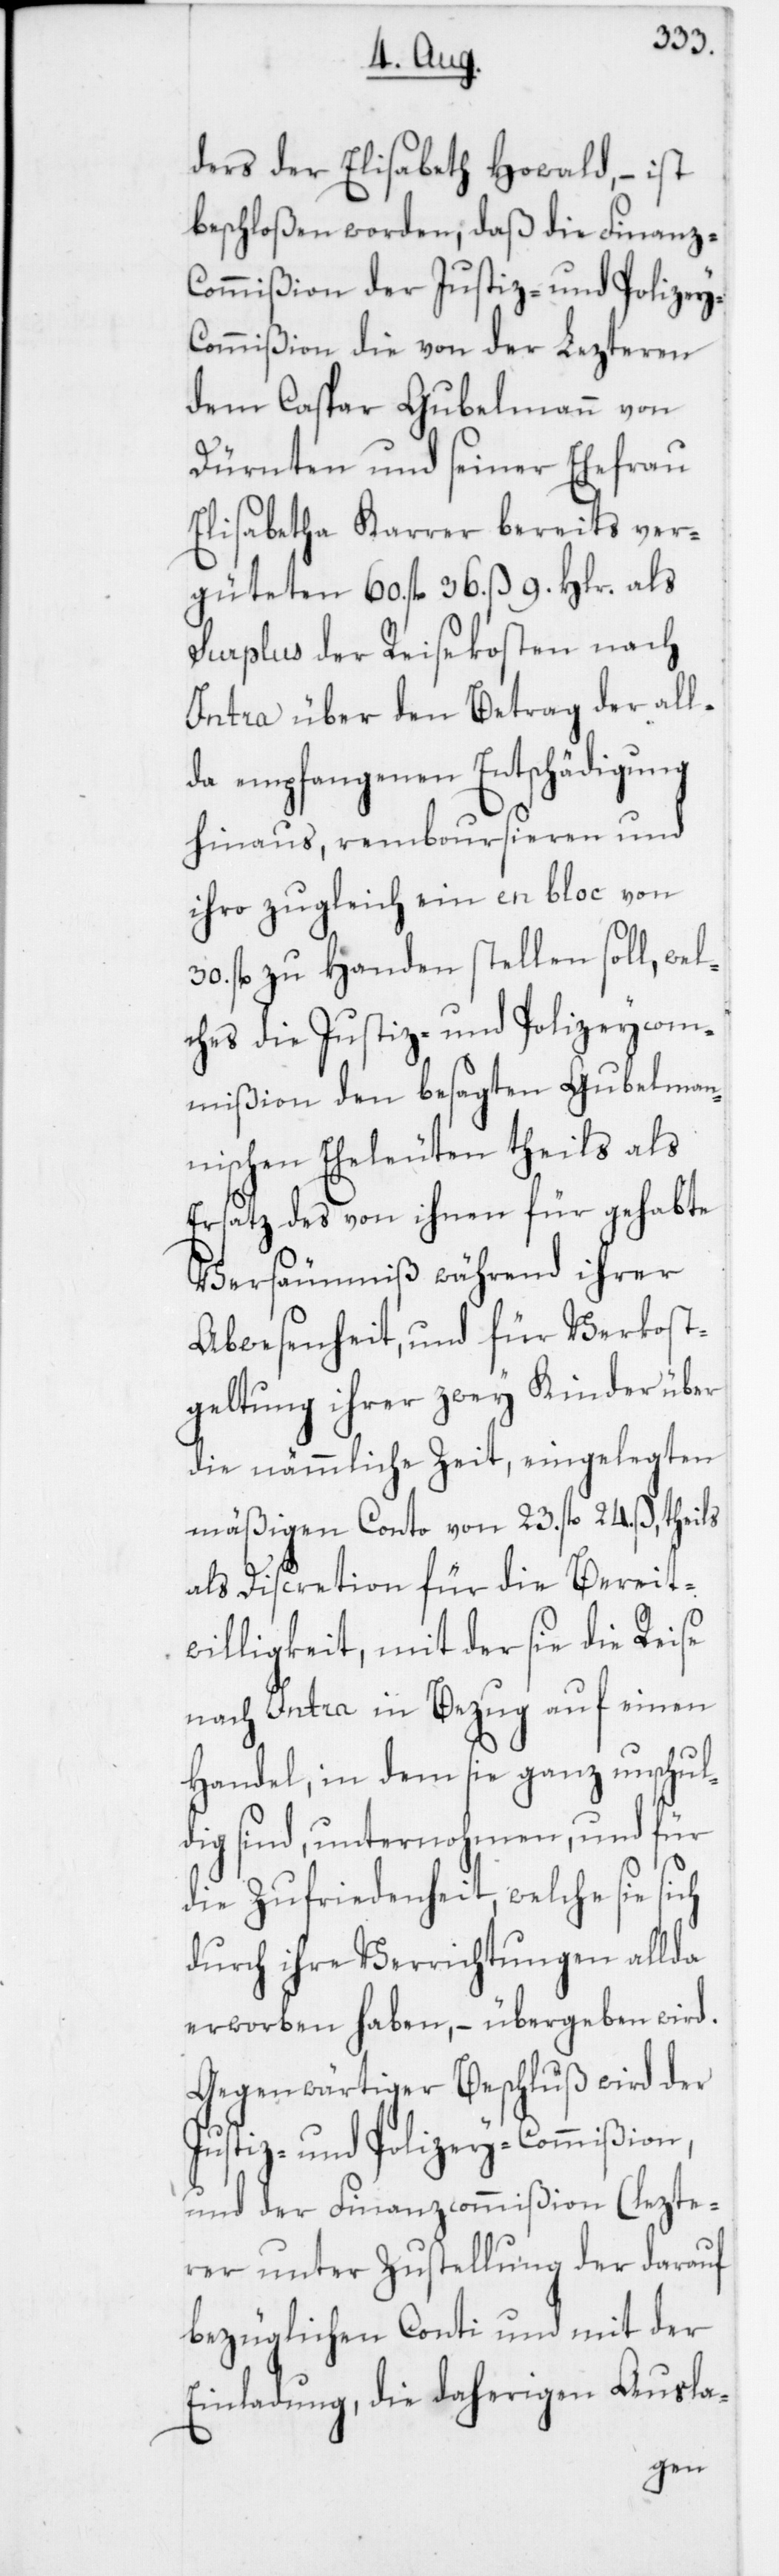
ders der Elisabeth Howald, – ist
beschloßen worden, daß die Finanz-C¬
ommißion der Justiz- und Polizey-C¬
ommißion die von der Lezteren
dem Caspar Gubelmann von
Dürnten und seiner Ehefrau
Elisabetha Karrer bereits ver¬
güteten 60. fl. 36. ß 9. Hlr. als
Surplus der Reisekosten nach
Intra über den Betrag der all¬
da empfangenen Entschädigung
hinaus, remboursieren und
ihro zugleich ein en bloc von
30. fl. zu Handen stellen soll, wel¬
ches die Justiz- und Polizeycom¬
mißion den besagten Gubelman¬
nischen Eheleuten theils als
Ersatz des von ihnen für gehabte
Versäumniß während ihrer
Abwesenheit, und für Verkost¬
geltung ihrer zwey Kinder über
die nämmliche Zeit, eingelegten
mäßigen Conto von 23. fl. 24. ß, theils
als Discretion für die Bereit¬
willigkeit, mit der sie diese
nach Intra in Bezug auf einen
Handel, in dem sie ganz unschul¬
dig sind, unternohmen, und für
die Zufriedenheit, welche sie sich
durch ihre Verrichtungen allda
erworben haben, – übergeben wird.
Gegenwärtiger Beschluß wird der
Justiz- und Polizey-Commißion
und der Finanzcommißion (lezte¬
rer unter Zustellung der darauf
bezüglichen Conti und mit der
Einladung, die daherigen Ausla-